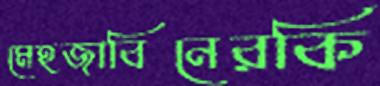
মেহজাবিনেরকি